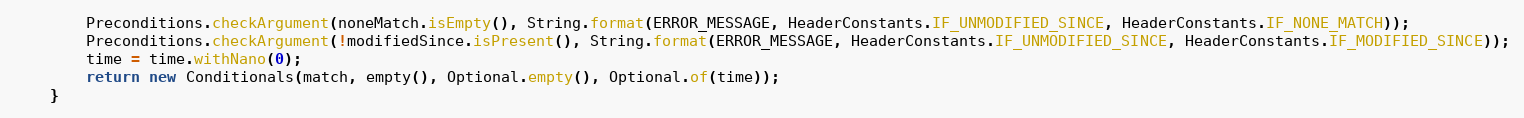
Language: Java
        Preconditions.checkArgument(noneMatch.isEmpty(), String.format(ERROR_MESSAGE, HeaderConstants.IF_UNMODIFIED_SINCE, HeaderConstants.IF_NONE_MATCH));
        Preconditions.checkArgument(!modifiedSince.isPresent(), String.format(ERROR_MESSAGE, HeaderConstants.IF_UNMODIFIED_SINCE, HeaderConstants.IF_MODIFIED_SINCE));
        time = time.withNano(0);
        return new Conditionals(match, empty(), Optional.empty(), Optional.of(time));
    }